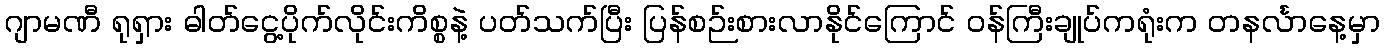
ဂျာမဏီ ရုရှား ဓါတ်ငွေ့ပိုက်လိုင်းကိစ္စနဲ့ ပတ်သက်ပြီး ပြန်စဉ်းစားလာနိုင်ကြောင် ဝန်ကြီးချုပ်ကရုံးက တနင်္လာနေ့မှာ